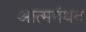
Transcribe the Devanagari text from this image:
आत्ममंथन